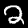
Label: 2